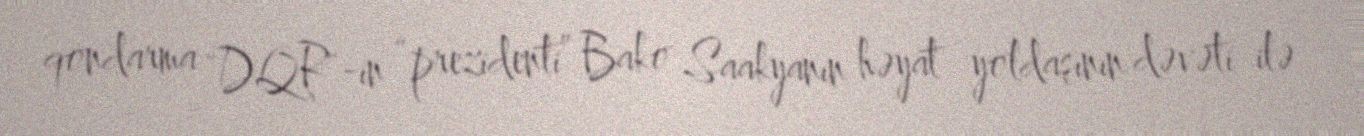
qondarma "DQR"-in “prezidenti” Bako Saakyanın həyat yoldaşının dəvəti ilə